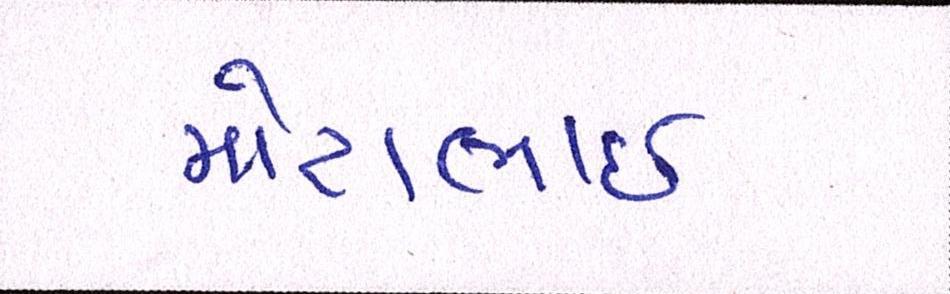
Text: મોટાભાઈ